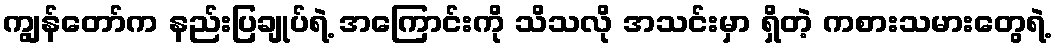
ကျွန်တော်က နည်းပြချုပ်ရဲ့ အကြောင်းကို သိသလို အသင်းမှာ ရှိတဲ့ ကစားသမားတွေရဲ့